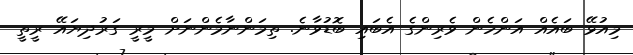
މިއުޅޭ ބައެއް އަންހެން ވެރިންގެ އެބައި ބޮޑުވާނެ. ތިމަންނާމެންނަށް މީރީ ގަރުދިޔައޭ ރީތީ